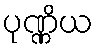
ပုဏ္ဏိယ